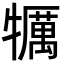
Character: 犡